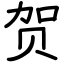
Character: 贺